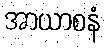
အာယာစနံ